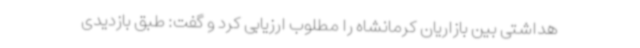
هداشتی بین بازاریان کرمانشاه را مطلوب ارزیابی کرد و گفت: طبق بازدیدی